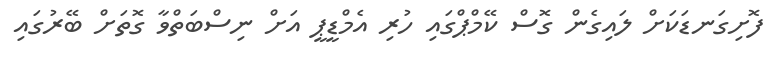
ފޮށިގަނޑަކަށް ލައިގެން ގޮސް ކޭމްޕްގައި ހުރި އެމްޑީޕީ އަށް ނިސްބަތްވާ ގޮތަށް ބޭރުގައި